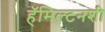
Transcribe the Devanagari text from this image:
हॅमिल्टनशी